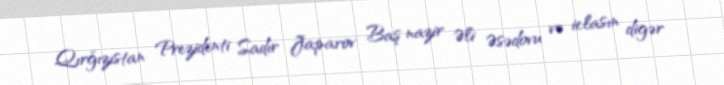
Qırğızıstan Prezidenti Sadır Japarov Baş nazir Əli Əsədovu və iclasın digər